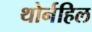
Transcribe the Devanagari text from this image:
थोर्नहिल